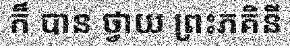
ក៏ បាន ថ្វាយ ព្រះភគិនី